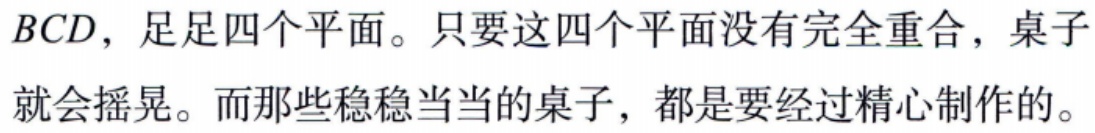
$BCD$，足足四个平面。只要这四个平面没有完全重合，桌子就会摇晃。而那些稳稳当当的桌子，都是要经过精心制作的。